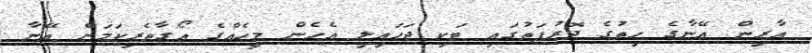
އާރިން އޭނާގެ ހިތުގެ ދޮރުފަތުގައި ޓަކި ޖަހައިލީ އެހެން މީހެއްގެ އޯގާތެރިކަމަށް އޭނާ